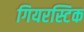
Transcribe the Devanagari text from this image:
गियरस्टिक